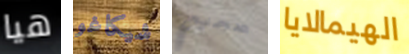
هيا شيكاغو صحيح الهيمالايا